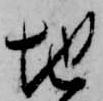
地